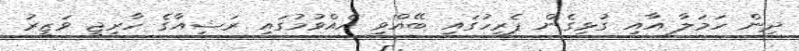
ދިން ހަމަލާ އާއި ގުޅިގެން ޕެރިހުގައި ބޭއްވި އެއްވުމުގައި ރަޝިއާގެ ހާރިޖީ ވަޒީރު